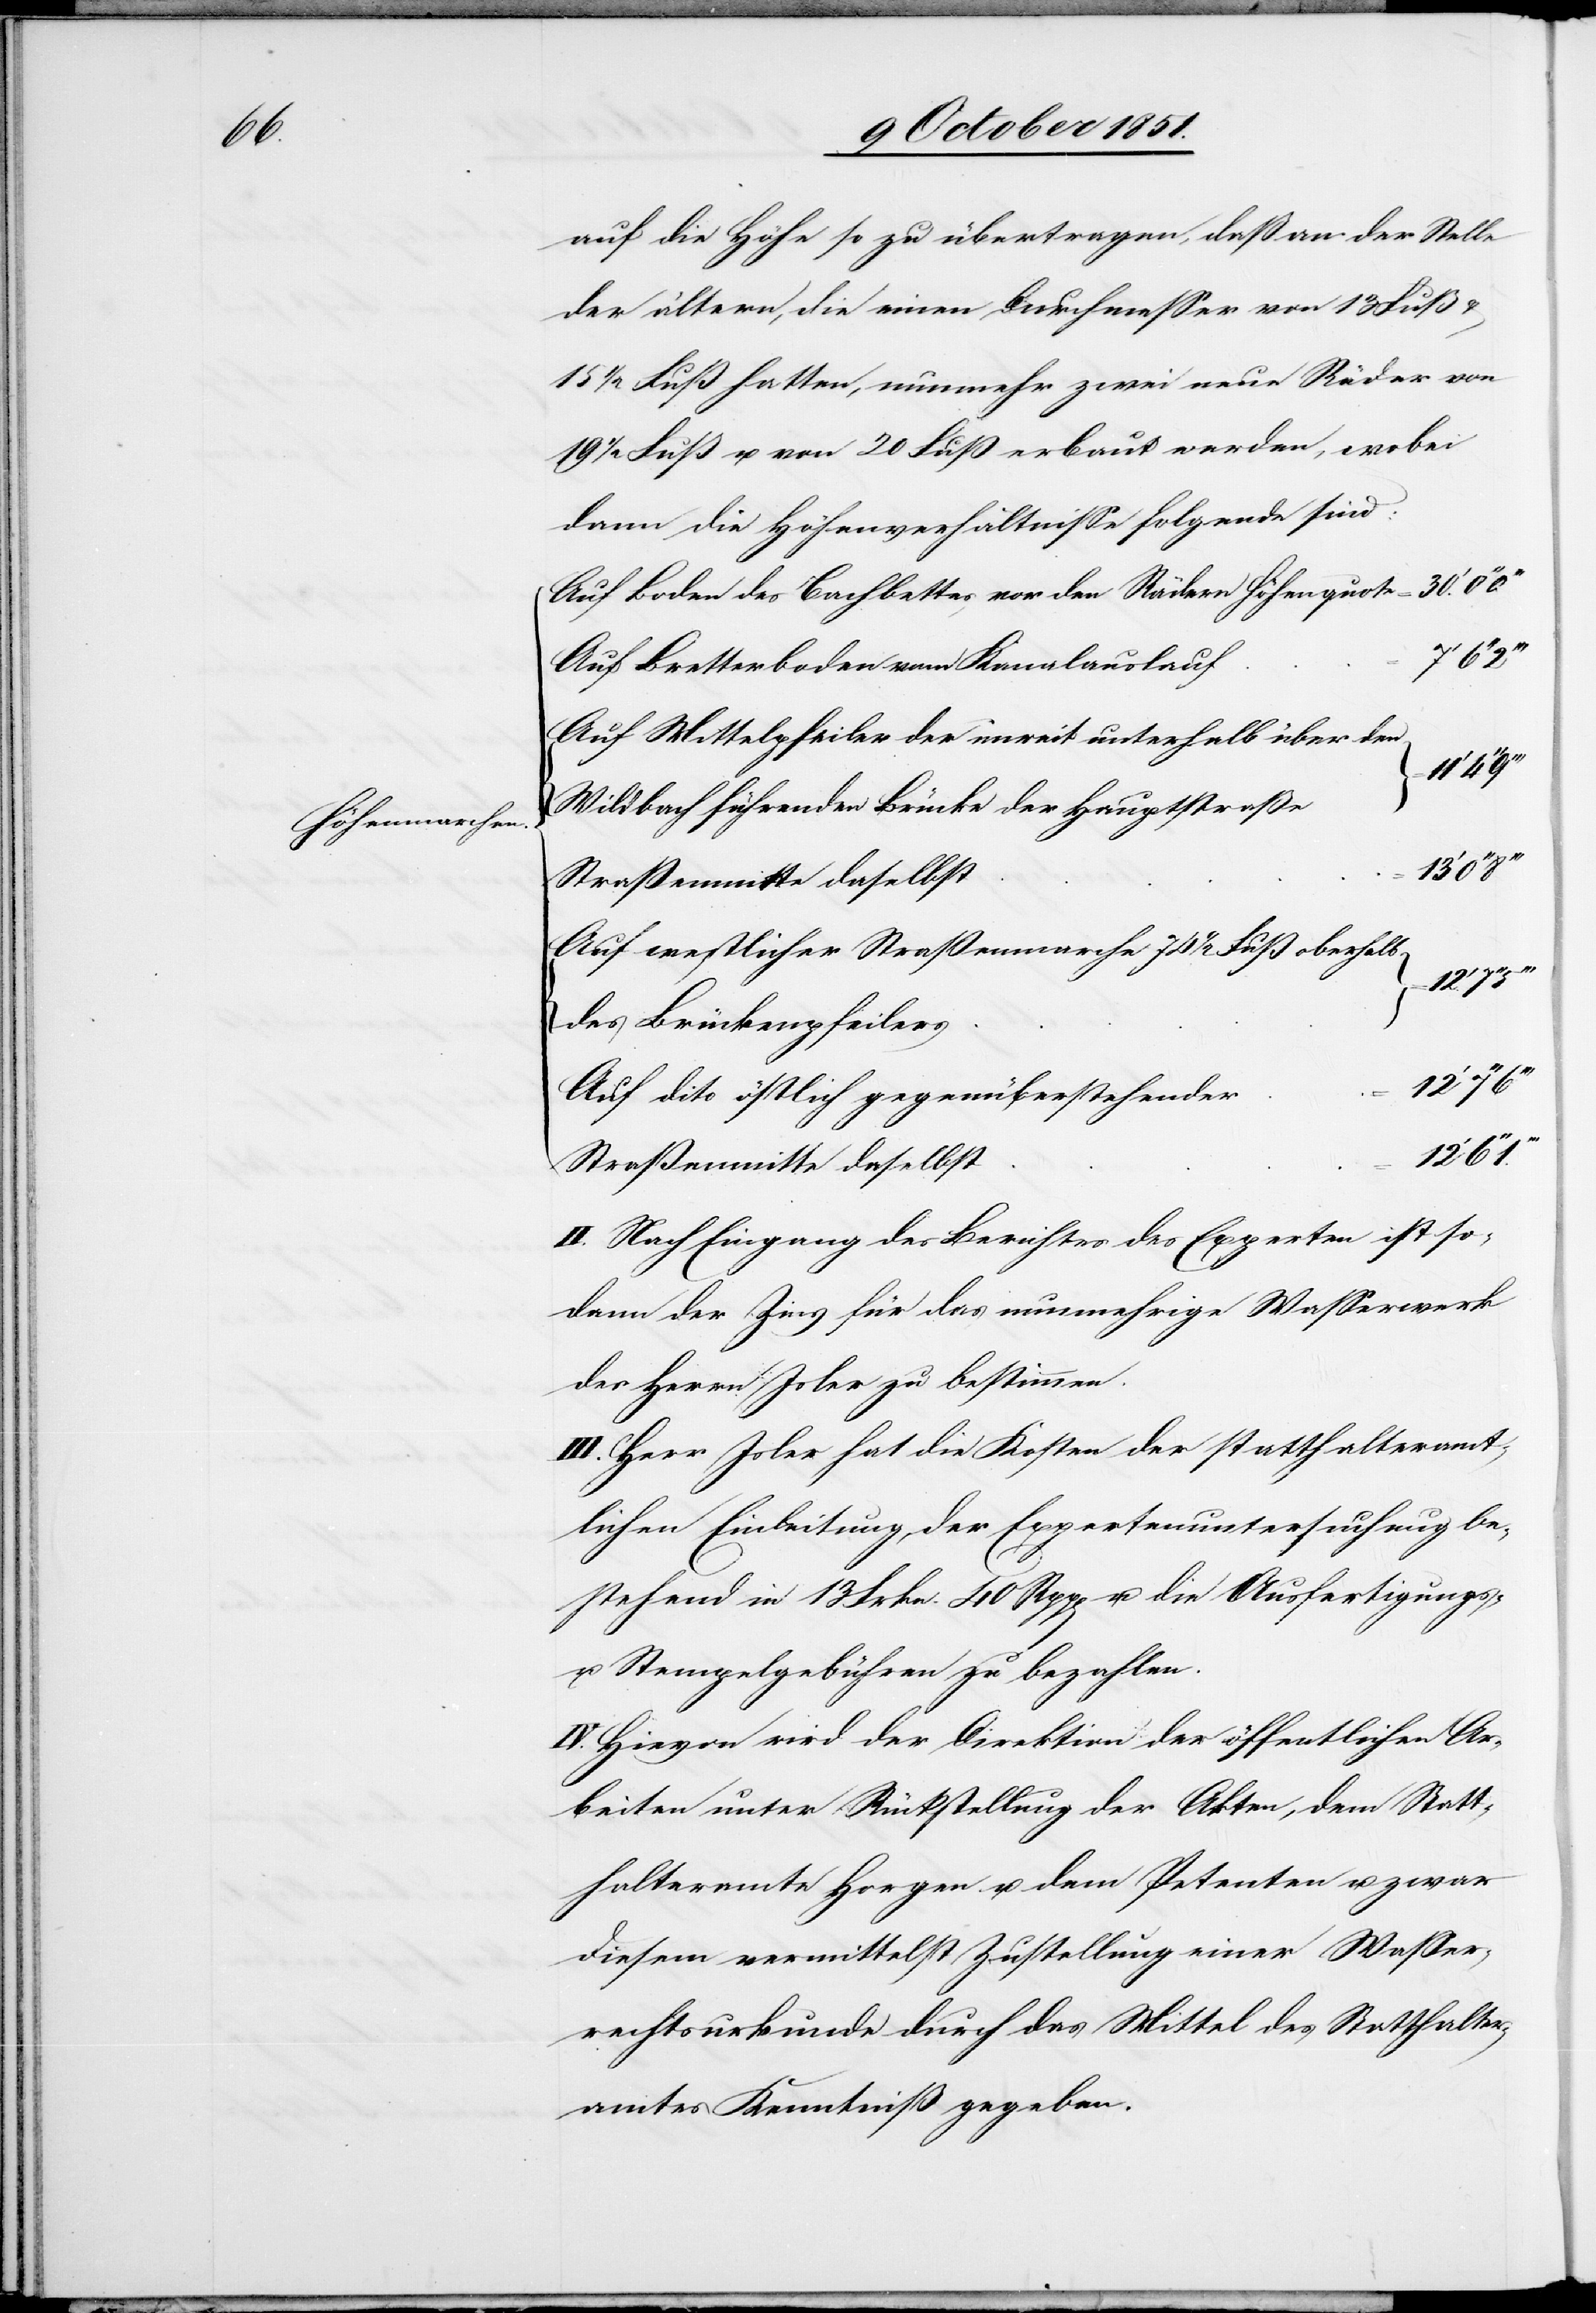
Höhenmarchen.

auf die Höhe so zu übertragen, daß an der Stelle
der ältern, die einen Durchmesser von 13 Fuß
1/2 Fuß hatten, nunmehr zwei neue Räder von
1/2 Fuß u. von 20 Fuß erbaut werden, wobei
dann die Höhenverhältnisse folgende sind:
Auf Boden des Bachbettes, vor den Rädern Höhenquote =
30.‘
Auf Bretterboden vom Kanalauslauf
Auf Mittelpfeiler der unweit unterhalb über den
Wildbach führenden Brücke der Hauptstraße
13‘
Auf westlicher Straßenmarche 74 1/2 Fuß oberhalb
des Brückenpfeilers
12‘ 7‘‘
Auf dito östlich gegenüberstehender
12‘
Straßenmitte daselbst
II. Nach Eingang des Berichtes des Experten ist so¬
dann der Zins für das nunmehrige Wasserwerk
des Herrn Isler zu bestimmen.
III. Herr Isler hat die Kosten der statthalteramt¬
lichen Einleitung, der Expertenuntersuchung be¬
stehend in 13 Frkn. 40 Rpp[en] u. die Ausfertigungs-
u. Stempelgebühren zu bezahlen.
IV. Hievon wird der Direktion der öffentlichen Ar¬
beiten unter Rückstellung der Akten, dem Statt¬
halteramte Horgen u. dem Petenten u. zwar
diesem vermittelst Zustellung einer Wasser¬
rechtsurkunde durch das Mittel des Statthalter¬
amtes Kenntniß gegeben.